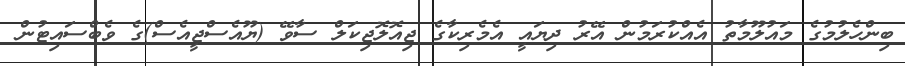
ބިންހެލުމުގެ މައުލޫމާތު އެއްކުރަމުން އޭރު ދިޔައީ އެމެރިކާގެ ޖިއޮލޮޖިކަލް ސާވޭ (ޔޫއެސްޖީއެސް)ގެ ވެބްސައިޓުން